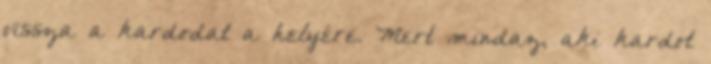
vissza a kardodat a helyére. Mert mindaz, aki kardot